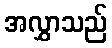
အလွှာသည်